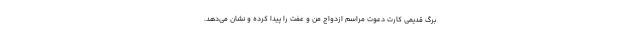
برگ قدیمی كارت دعوت مراسم ازدواج من و عفت را پیدا كرده و نشان مى‌دهد.